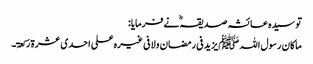
تو سیدہ عائشہ صدیقہ ؓ نے فرمایا:
ماکان رسول اللہ ﷺ یزید فی رمضان ولا فی غیرہ علی احدی عشرۃ رکعۃ۔